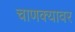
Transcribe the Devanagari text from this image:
चाणक्यावर